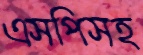
এসপিসহ